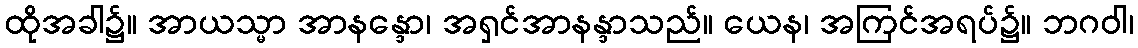
ထိုအခါ၌။ အာယသ္မာ အာနန္ဒော၊ အရှင်အာနန္ဒာသည်။ ယေန၊ အကြင်အရပ်၌။ ဘဂဝါ၊